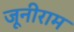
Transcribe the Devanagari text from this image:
जूनीराम